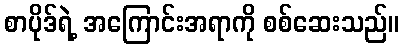
စာပိုဒ်ရဲ့ အကြောင်းအရာကို စစ်ဆေးသည်။